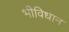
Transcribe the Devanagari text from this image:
भीविधान